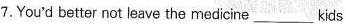
7.You'd better not leave the medicine ___ kids